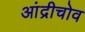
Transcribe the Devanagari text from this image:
आंद्रीचोव